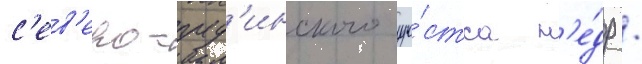
с'ев'еро-пуд'инского уча́стка н'е́др /